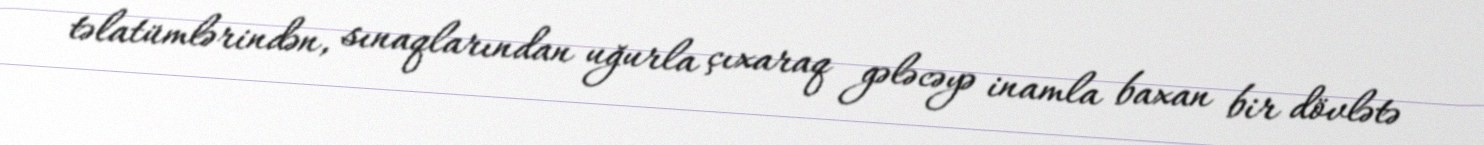
təlatümlərindən, sınaqlarından uğurla çıxaraq gələcəyə inamla baxan bir dövlətə